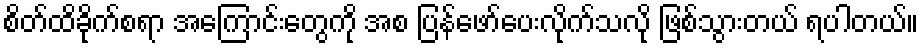
စိတ်ထိခိုက်စရာ အကြောင်းတွေကို အစ ပြန်ဖော်ပေးလိုက်သလို ဖြစ်သွားတယ် ရပါတယ်။